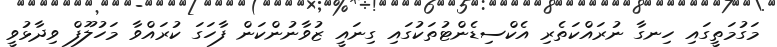
މަގުމަތީގައި ހިނގާ ނުރައްކަތެރި އެކްސިޑެންޓުތަކުގައި ގިނައީ ޒުވާނުންކަން ފާހަގަ ކުރައްވާ މަހުލޫފް ވިދާޅުވީ